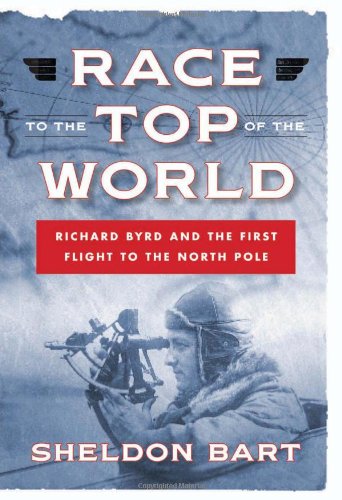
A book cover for Race to the Top of the World: Richard Byrd and the First Flight to the North Pole; Sheldon Bart; History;